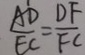
\frac { A ^ { \prime } D } { E C } = \frac { D F } { F C }